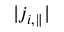
| j _ { i , \parallel } |